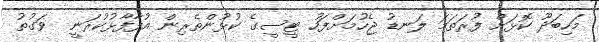
މަހިބަދޫ ކޮޅަށް ފުރަތަމަ ލަނޑު ޖެހުމަށްފަހު ޓީސީގެ ކުޅުންތެރިން އުފާފާޅުކުރަނީ  ވަގުތު